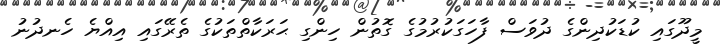
މީދޫގައި ކުޑަކުދިންގެ ދުވަސް ފާހަގަކުރުމުގެ ގޮތުން ހިންގި ޙަރަކާތްތަކުގެ ތެރޭގައި އިއްޔެ ހެނދުނު